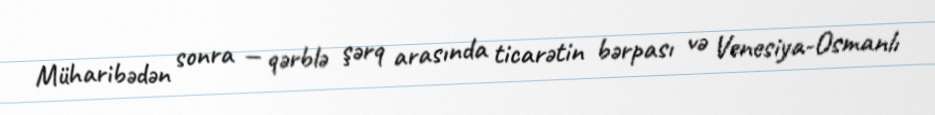
Müharibədən sonra — qərblə şərq arasında ticarətin bərpası və Venesiya-Osmanlı